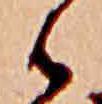
は